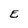
Character: E